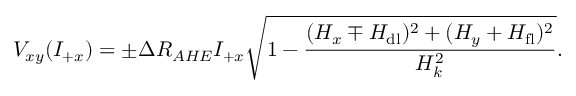
V _ { x y } ( I _ { + x } ) = \pm \Delta R _ { A H E } I _ { + x } \sqrt { 1 - \frac { ( H _ { x } \mp H _ { \mathrm { d l } } ) ^ { 2 } + ( H _ { y } + H _ { \mathrm { f l } } ) ^ { 2 } } { H _ { k } ^ { 2 } } } .